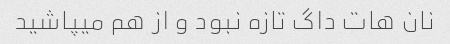
نان هات داگ تازه نبود و از هم میپاشید